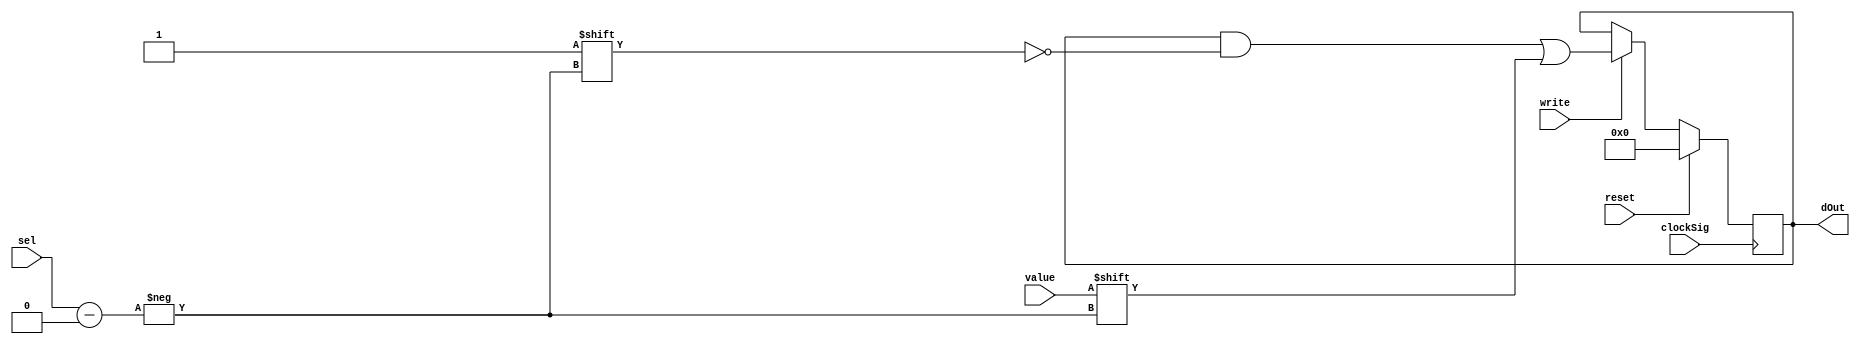
`timescale 1ns / 1ps
//////////////////////////////////////////////////////////////////////////////////
// Company: 
// Engineer: 
// 
// Design Name: 
// Module Name: SyzFETFlagReg
// Project Name: 
// Target Devices: 
// Tool Versions: 
// Description: 
// 
// Dependencies: 
// 
// Revision:
// Revision 0.01 - File Created
// Additional Comments:
// 
//////////////////////////////////////////////////////////////////////////////////


module SyzFETFlagReg(
    input clockSig,
    input value,
    input [3:0] sel,
    input write,
    input reset,
    output [15:0] dOut
  );
  
  reg [15:0] data = 16'h0000;
  
  // Delay buffer
  wire wBuf;
  buf #(1) (wBuf, value);
  
  // Reset on rising reset signal, set data on falling clock signal
  always @ (negedge clockSig) begin
    if(reset) begin
      data[15:0] = 16'h0000;
    end else begin
      if(write) begin
        data[sel] = wBuf;
      end
    end
  end
  
  // Concatenate all data signals to one 16-bit value for output signals
  assign dOut[15:0] = {
    data[15], data[14], data[13], data[12],
    data[11], data[10], data[9], data[8],
    data[7], data[6], data[5], data[4],
    data[3], data[2], data[1], data[0]
  };
  
endmodule